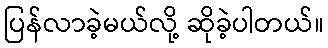
ပြန်လာခဲ့မယ်လို့ ဆိုခဲ့ပါတယ်။